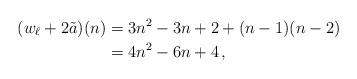
LaTeX: \begin{align*}(w_\ell+2\tilde a)(n)&=3n^2-3n+2+(n-1)(n-2)\\&=4n^2-6n+4\,,\end{align*}